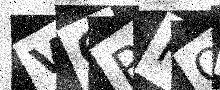
Text: V6RPOG